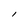
Character: l